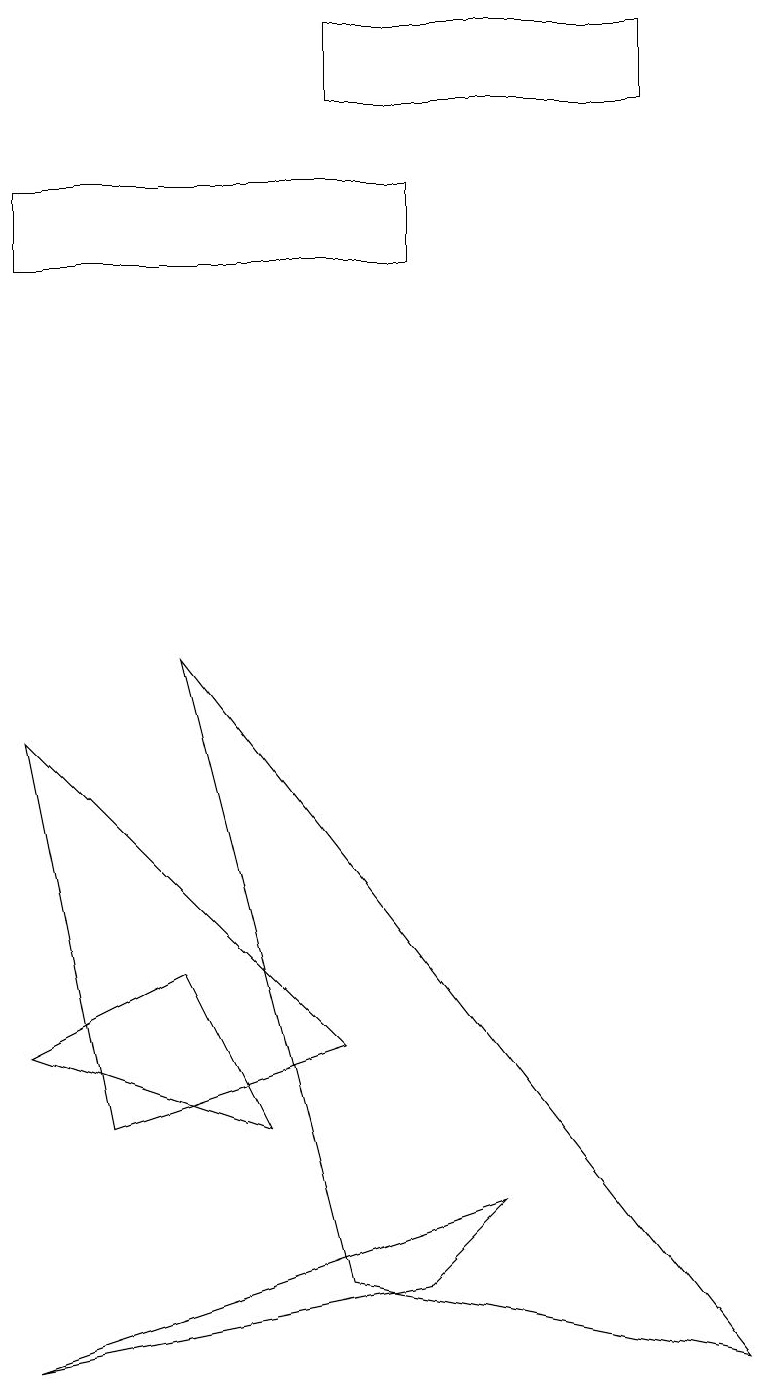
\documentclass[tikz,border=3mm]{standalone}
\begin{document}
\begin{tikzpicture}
\draw (1,3) -- (0,8) -- (4,4) -- cycle;
\draw (2,9) -- (9,0) -- (4,1) -- cycle;
\draw (5,14) rectangle (0,15);
\draw (3,3) -- (0,4) -- (2,5) -- cycle;
\draw (8,17) rectangle (4,16);
\draw (0,0) -- (6,2) -- (5,1) -- cycle;
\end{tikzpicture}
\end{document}